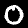
Label: 0